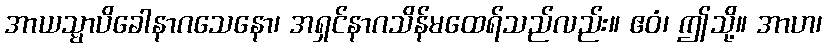
အာယသ္မာပိခေါနာဂသေနော၊ အရှင်နာဂသိန်မထေရ်သည်လည်း။ ဧဝံ၊ ဤသို့။ အာဟ၊